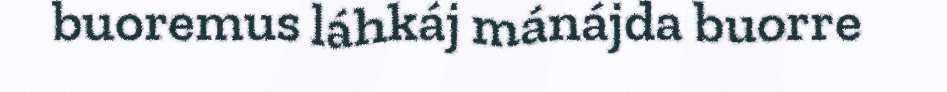
buoremus láhkáj mánájda buorre